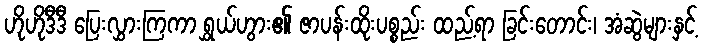
ဟိုဟိုဒီဒီ ပြေးလွှားကြကာ ရွှယ်ဟွား၏ ဇာပန်းထိုးပစ္စည်း ထည့်ရာ ခြင်းတောင်း၊ အံဆွဲများနှင့်